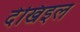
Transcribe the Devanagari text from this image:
देखिइल